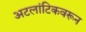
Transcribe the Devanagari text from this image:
अटलांटिकवरून